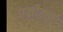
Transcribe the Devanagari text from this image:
पकोक्कु